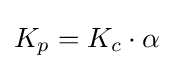
K_{p}=K_{c}\cdot \alpha